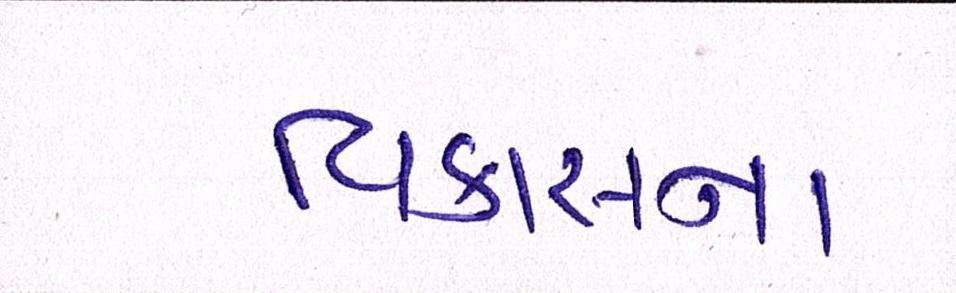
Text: વિકાસના